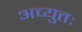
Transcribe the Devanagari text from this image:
अच्युतः